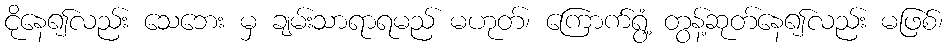
ငိုနေ၍လည်း သေဘေး မှ ချမ်းသာရာရမည် မဟုတ်၊ ကြောက်ရွံ့ တွန့်ဆုတ်နေ၍လည်း မဖြစ်၊